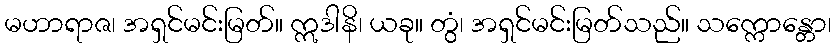
မဟာရာဇ၊ အရှင်မင်းမြတ်။ ဣဒါနိ၊ ယခု။ တွံ၊ အရှင်မင်းမြတ်သည်။ သက္ကောန္တော၊